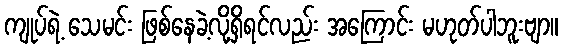
ကျုပ်ရဲ့ သေမင်း ဖြစ်နေခဲ့လို့ရှိရင်လည်း အကြောင်း မဟုတ်ပါဘူးဗျာ။